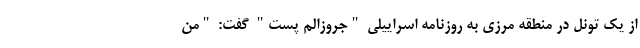
از یک تونل در منطقه مرزی به روزنامه اسراییلی "جروزالم پست" گفت: "من